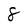
Character: 8